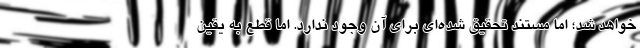
خواهد شد؛ اما مستند تحقیق ‌شده‌ای برای آن وجود ندارد. اما قطع به یقین